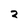
Character: 2